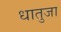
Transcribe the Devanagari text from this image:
धातुजा